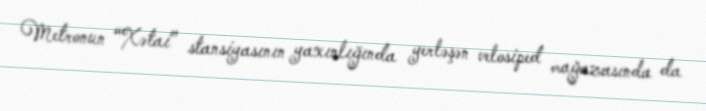
Metronun “Xətai” stansiyasının yaxınlığında yerləşən velosiped mağazasında da